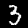
Digit: 3